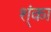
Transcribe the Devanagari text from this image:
श्ंका